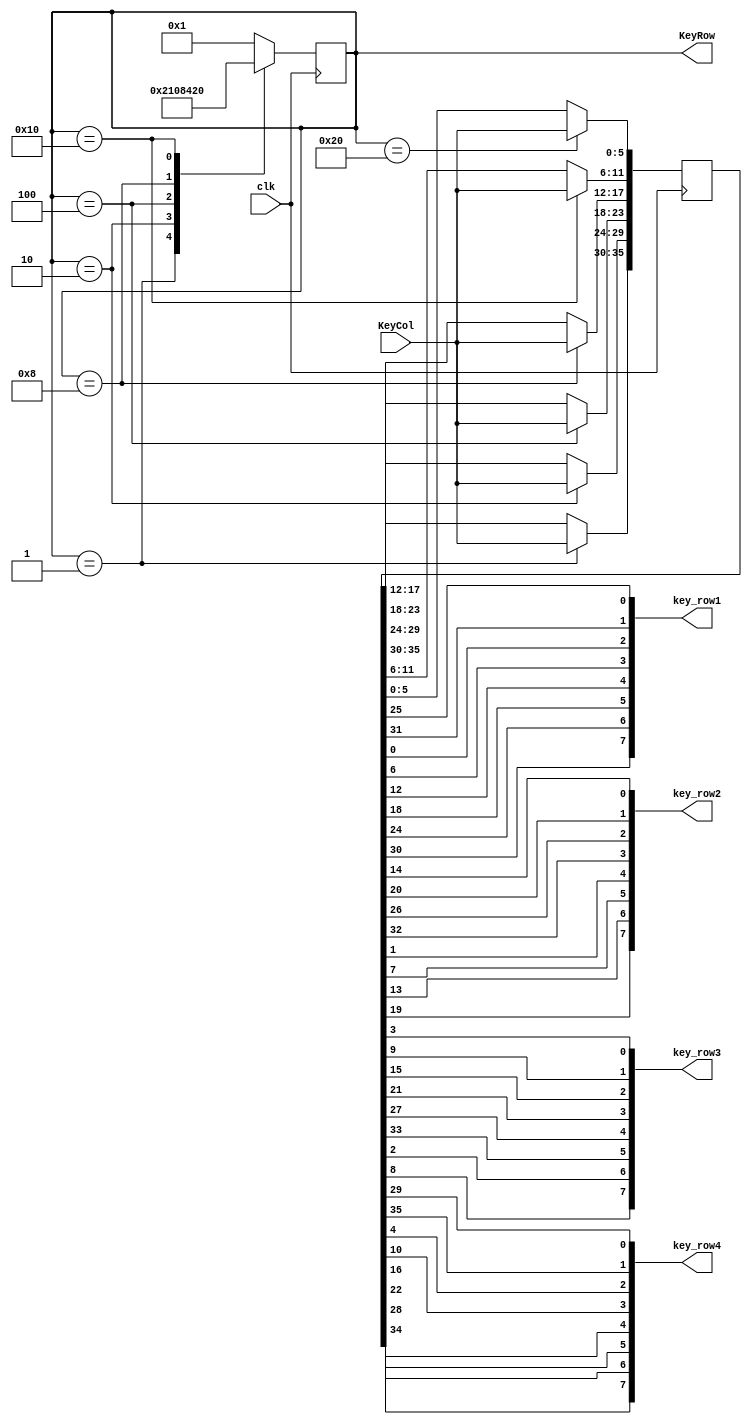
// Verilog HDL for "Board_lib", "key_scan" "functional"

module key_scan(clk, KeyCol, KeyRow, key_row1, key_row2, key_row3, key_row4);

input        clk;
output [5:0] KeyRow;				// Row scanned externally
input  [0:5] KeyCol;				// External column input

output [7:0] key_row1, key_row2, key_row3, key_row4;	// Internal 'rows'

reg   [5:0] KeyRow;
reg  [35:0] KK;					// Internal vector of all keys
wire  [7:0] key_row1, key_row2, key_row3, key_row4; // Key status formatted for user

always @ (posedge clk)				// Keyboard scanner
  begin
  case (KeyRow)
    6'b000001 : begin  KeyRow <= 6'b000010;  KK[35:30] <= KeyCol;  end
    6'b000010 : begin  KeyRow <= 6'b000100;  KK[29:24] <= KeyCol;  end
    6'b000100 : begin  KeyRow <= 6'b001000;  KK[23:18] <= KeyCol;  end
    6'b001000 : begin  KeyRow <= 6'b010000;  KK[17:12] <= KeyCol;  end
    6'b010000 : begin  KeyRow <= 6'b100000;  KK[11:6]  <= KeyCol;  end
    6'b100000 : begin  KeyRow <= 6'b000001;  KK[5:0]   <= KeyCol;  end
    default   :        KeyRow <= 6'b000001;	// Fall into a legal pattern
  endcase
  end


// Translate matrix into physically placed rows

assign key_row1 = {KK[30], KK[24], KK[18], KK[12], KK[ 6], KK[ 0], KK[31], KK[25]};
assign key_row2 = {KK[19], KK[13], KK[ 7], KK[ 1], KK[32], KK[26], KK[20], KK[14]};
assign key_row3 = {KK[ 8], KK[ 2], KK[33], KK[27], KK[21], KK[15], KK[ 9], KK[ 3]};
assign key_row4 = {KK[34], KK[28], KK[22], KK[16], KK[10], KK[ 4], KK[35], KK[29]};

endmodule